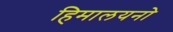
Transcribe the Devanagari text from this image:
हिमालयनो